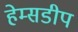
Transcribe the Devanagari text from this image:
हेम्सडीप